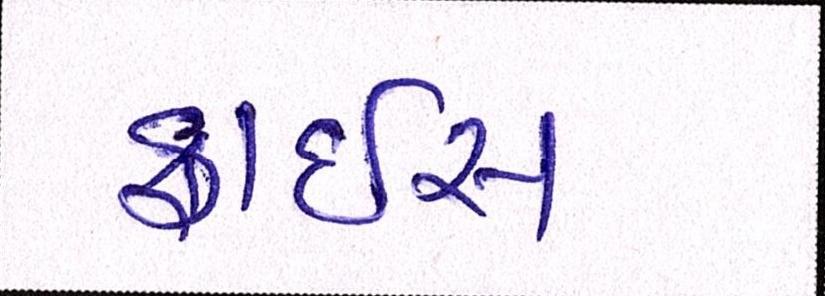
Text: ફ્રાઇસ